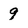
Character: 9